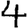
Digit: 4